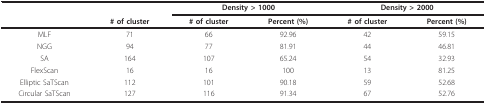
<table><thead><tr><td></td><td></td><td colspan="2"><b>Density &gt; 1000</b></td><td colspan="2"><b>Density &gt; 2000</b></td></tr><tr><td></td><td><b># of cluster</b></td><td><b># of cluster</b></td><td><b>Percent (%)</b></td><td><b># of cluster</b></td><td><b>Percent (%)</b></td></tr></thead><tbody><tr><td>MLF</td><td>71</td><td>66</td><td>92.96</td><td>42</td><td>59.15</td></tr><tr><td>NGG</td><td>94</td><td>77</td><td>81.91</td><td>44</td><td>46.81</td></tr><tr><td>SA</td><td>164</td><td>107</td><td>65.24</td><td>54</td><td>32.93</td></tr><tr><td>FlexScan</td><td>16</td><td>16</td><td>100</td><td>13</td><td>81.25</td></tr><tr><td>Elliptic SaTScan</td><td>112</td><td>101</td><td>90.18</td><td>59</td><td>52.68</td></tr><tr><td>Circular SaTScan</td><td>127</td><td>116</td><td>91.34</td><td>67</td><td>52.76</td></tr></tbody></table>